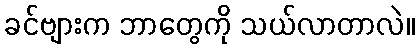
ခင်ဗျားက ဘာတွေကို သယ်လာတာလဲ။